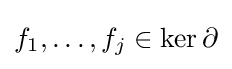
f_{1},\dots ,f_{j}\in \ker \partial